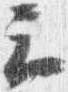
云